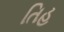
તિહ